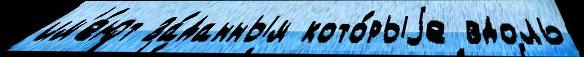
им'е́ют за́данным кото́рыjе вдоль